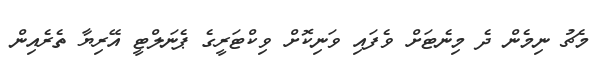
މެޗު ނިމެން ދެ މިނެޓަށް ވެފައި ވަނިކޮށް ވިކްޓަރީގެ ޕެނަލްޓީ އޭރިޔާ ތެރެއިން